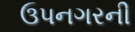
ઉપનગરની